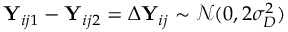
\mathbf Y _ { i j 1 } - \mathbf Y _ { i j 2 } = \Delta \mathbf Y _ { i j } \sim \mathcal N ( 0 , 2 \sigma _ { D } ^ { 2 } )